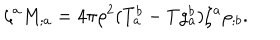
\zeta ^ { a } M _ { ; a } = 4 \pi \rho ^ { 2 } ( T _ { a } ^ { b } - T g _ { a } ^ { b } ) \zeta ^ { a } \rho _ { ; b } .